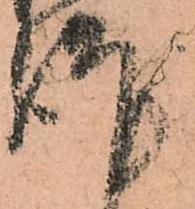
謹